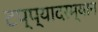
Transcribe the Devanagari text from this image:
टप्प्यादरम्यान